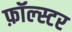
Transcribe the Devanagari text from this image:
फ़ॉल्स्टर